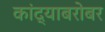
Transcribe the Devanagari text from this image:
कांद्याबरोबर